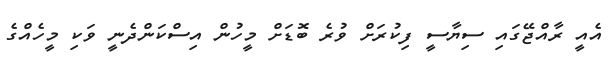
އެއީ ރާއްޖޭގައި ސިޔާސީ ފިކުރަށް ވުރެ ބޮޑަށް މީހުން އިސްކަންދެނީ ވަކި މީހެއްގެ